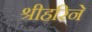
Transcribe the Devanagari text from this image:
श्रीहरिने